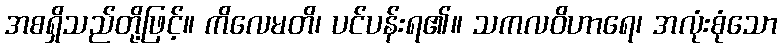
အစရှိသည်တို့ဖြင့်။ ကိလေမတိ၊ ပင်ပန်းရ၏။ သကလဝိဟာရေ၊ အလုံးစုံသော